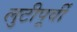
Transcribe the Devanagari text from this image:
लुटीपूर्वी